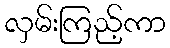
လှမ်းကြည့်ကာ